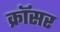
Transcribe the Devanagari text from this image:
क्रॉसर